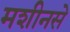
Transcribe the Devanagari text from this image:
मशीनसे